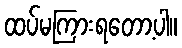
ထပ်မကြားရတော့ပါ။